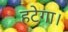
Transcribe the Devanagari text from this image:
हटेगा।